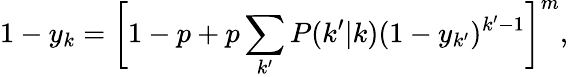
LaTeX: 1-y_{k}=\bigg[1-p+p\sum_{k^{\prime}}P(k^{\prime}|k)(1-y_{k^{\prime}})^{k^{\prime}-1}\bigg]^{m},